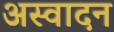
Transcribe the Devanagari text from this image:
अस्वादन